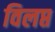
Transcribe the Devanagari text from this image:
विलप्त